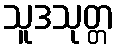
သူဒသုတ္တ